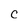
Character: C